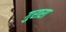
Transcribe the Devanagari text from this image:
गुरारा